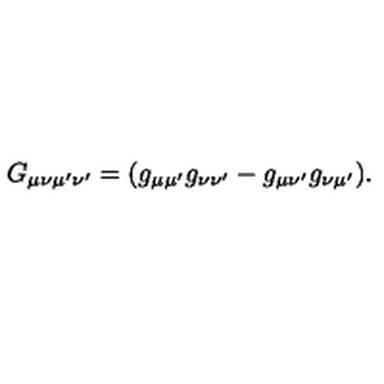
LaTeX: G _ { \mu \nu \mu ^ { \prime } \nu ^ { \prime } } = ( g _ { \mu \mu ^ { \prime } } g _ { \nu \nu ^ { \prime } } - g _ { \mu \nu ^ { \prime } } g _ { \nu \mu ^ { \prime } } ) .